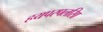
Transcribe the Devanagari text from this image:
हयपरपलसिा